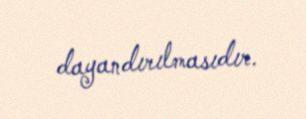
dayandırılmasıdır.